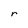
Character: r